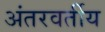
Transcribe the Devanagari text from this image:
अंतरवर्तीय